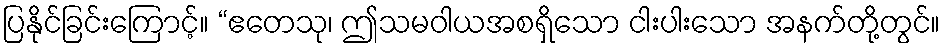
ပြနိုင်ခြင်းကြောင့်။ “ဧတေသု၊ ဤသမဝါယအစရှိသော ငါးပါးသော အနက်တို့တွင်။